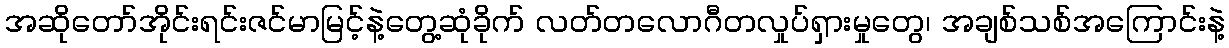
အဆိုတော်အိုင်းရင်းဇင်မာမြင့်နဲ့တွေ့ဆုံခိုက် လတ်တလောဂီတလှုပ်ရှားမှုတွေ၊ အချစ်သစ်အကြောင်းနဲ့